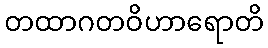
တထာဂတဝိဟာရောတိ